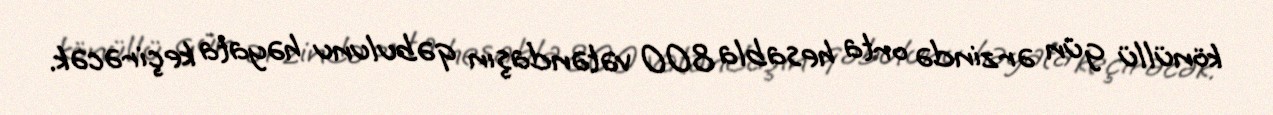
könüllü gün ərzində orta hesabla 800 vətəndaşın qəbulunu həyata keçirəcək.